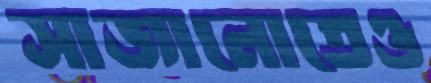
সাজানোতেও